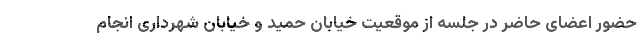
حضور اعضای حاضر در جلسه از موقعیت خیابان حمید و خیابان شهرداری انجام